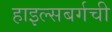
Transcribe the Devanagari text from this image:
हाइल्सबर्गची